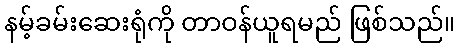
နမ့်ခမ်းဆေးရုံကို တာဝန်ယူရမည် ဖြစ်သည်။